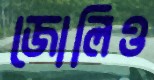
জোলিও